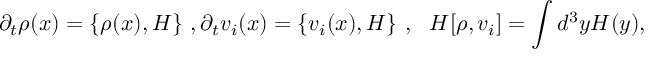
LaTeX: \partial _ { t } \rho ( x ) = \{ \rho ( x ) , H \} ~ , \partial _ { t } v _ { i } ( x ) = \{ v _ { i } ( x ) , H \} ~ , ~ ~ H [ \rho , v _ { i } ] = \int d ^ { 3 } y { \cal H } ( y ) ,